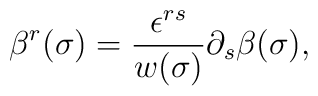
\beta^r (\sigma)=\frac{\epsilon^{rs}}{w(\sigma)}\partial_s \beta(\sigma),